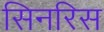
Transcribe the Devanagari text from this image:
सिनरिस